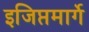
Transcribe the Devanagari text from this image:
इजिप्तमार्गे